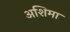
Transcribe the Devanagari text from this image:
अशिमा